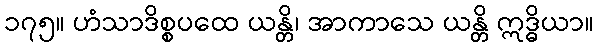
၁၇၅။ ဟံသာဒိစ္စပထေ ယန္တိ၊ အာကာသေ ယန္တိ ဣဒ္ဓိယာ။